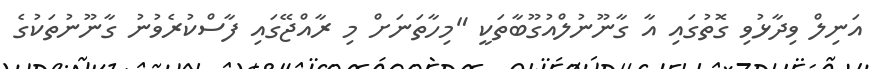
އަނިލް ވިދާޅުވި ގޮތުގައި އާ ގާނޫނުލްއުގޫބާތަކީ "މިހާތަނަށް މި ރާއްޖޭގައި ފާސްކުރެވުނު ގާނޫނުތަކުގެ